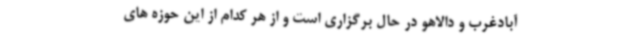
آبادغرب و دالاهو در حال برگزاری است و از هر کدام از این حوزه های